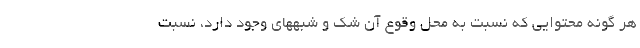
هر گونه محتوایی که نسبت به محل وقوع آن شک و شبههای وجود دارد، نسبت